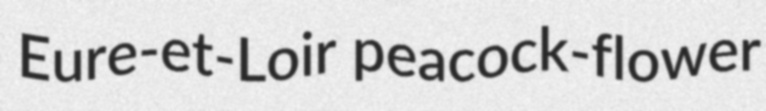
Eure-et-Loir peacock-flower